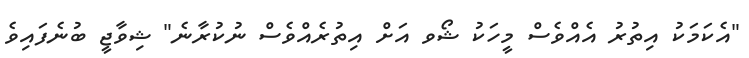
"އެކަމަކު އިތުރު އެއްވެސް މީހަކު ޝޯވ އަށް އިތުރެއްވެސް ނުކުރާނެ" ޝިވާޖީ ބުނެފައިވެ